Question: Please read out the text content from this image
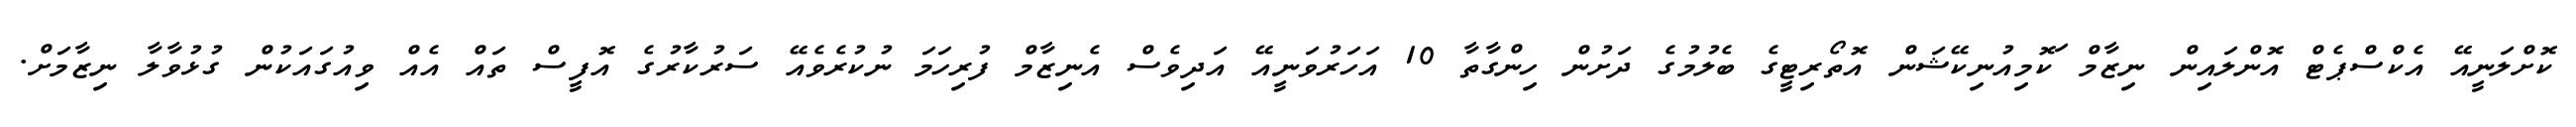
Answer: ކޮށްލަނީއޭ އެކްސްޕެޓް އޮންލައިން ނިޒާމް ަކޮމިއުނިކޭޝަން އޮތޯރިޓީގެ ބެލުމުގެ ދަށުން ހިންގާތާ 10 އަހަރުވަނީއޭ އަދިވެސް އެނިޒާމް ފުރިހަމަ ނުކުރެވެއޭ ސަރުކާރުގެ އޮފީސް ތައް އެއް ވިއުގައަކުން ގުޅުވާލާ ނިޒާމަށް.